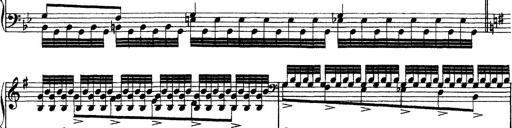
Title: Grandes Ã©tudes de Paganini
Composer: Franz Liszt